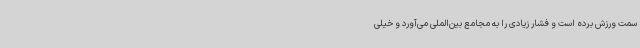
سمت ورزش برده است و فشار زیادی را به مجامع بین‌الملی می‌آورد و خیلی